Scottish Leaving Certificate Examination, 1956
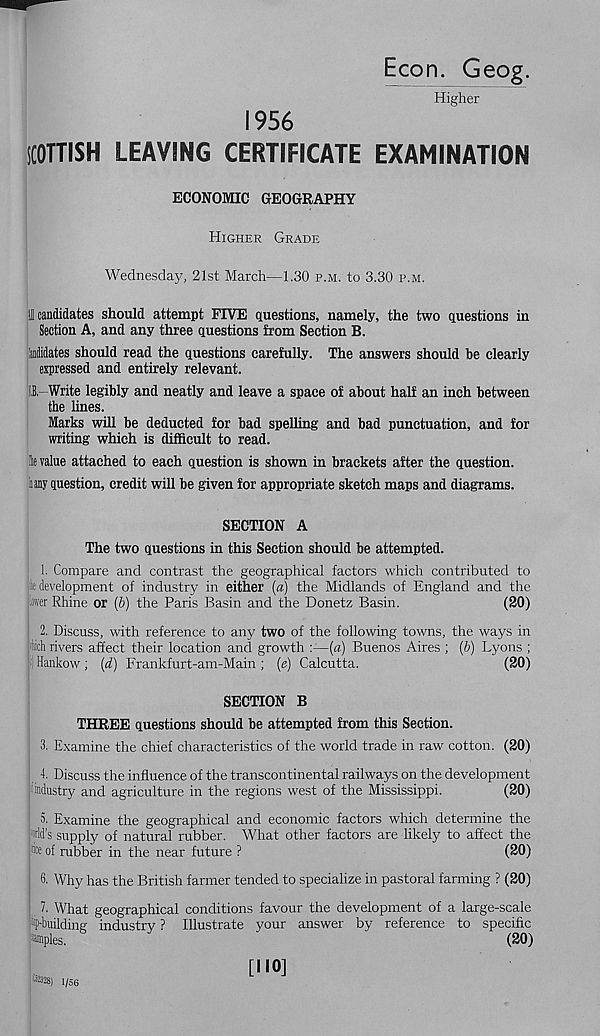
Econ. Geog.
Higher
1956
SCOTTISH LEAVING CERTIFICATE EXAMINATION
ECONOMIC GEOGRAPHY
Higher Grade
Wednesday, 21st March—1.30 p.m. to 3.30 p.m.
Il l candidates should attempt FIVE questions, namely, the two questions in
Section A, and any three questions from Section B.
tidklates should read the questions carefully. The answers should be clearly
expressed and entirely relevant.
i! -Write legibly and neatly and leave a space of about half an inch between
the lines.
Marks will be deducted for bad spelling and bad punctuation, and for
writing which is difficult to read.
lie value attached to each question is shown in brackets after the question,
iiany question, credit will be given for appropriate sketch maps and diagrams.
SECTION A
The two questions in this Section should be attempted.
1. Compare and contrast the geographical factors which contributed to
le development of industry in either (a) the Midlands of England and the
lower Rhine or (b) the Paris Basin and the Donetz Basin.
(20)
2. Discuss, with reference to any two of the following towns, the ways in
fth rivers affect their location and growth :—(a) Buenos Aires ; (b) Lyons ;
j Hankow ; (d) Frankfurt-am-Main ; (e) Calcutta.
(20)
SECTION B
THREE questions should be attempted from this Section.
3. Examine the chief characteristics of the world trade in raw cotton. (20)
4. Discuss the influence of the transcontinental railways on the development
industry and agriculture in the regions west of the Mississippi.
(20)
5. Examine the geographical and economic factors which determine the
•Id’s supply of natural rubber. What other factors are likely to affect the
of rubber in the near future ?
(20)
6. Why has the British farmer tended to specialize in pastoral farming ? (20)
What geographical conditions favour the development of a large-scale
^•building industry ? Illustrate your answer by reference to specific
piles.
'
(20)
[110]
*28) 1/56